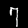
Digit: 7